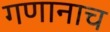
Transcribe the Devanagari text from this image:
गणानाच